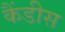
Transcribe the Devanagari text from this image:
कैंडीस